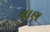
લાણ